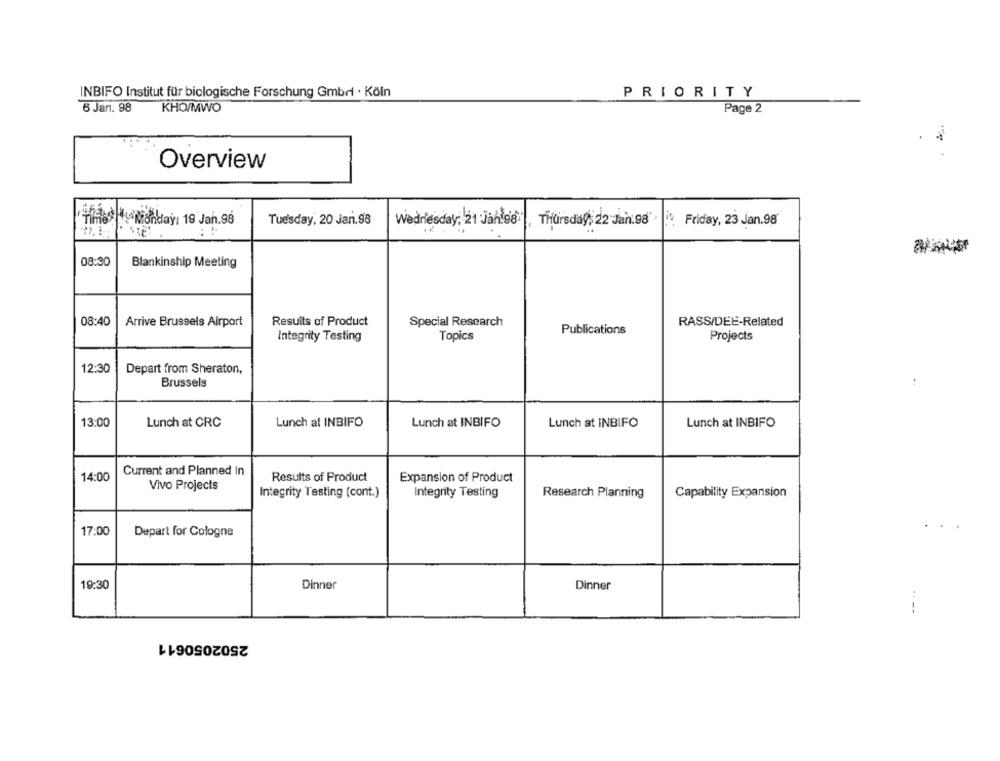
INBIFO Institut für biologische Forschung Gmbri · Köln
PRIORITY
6 Jan. 98
KHO/MWO
Page 2
Overview
Tuesday, 20 Jan.98
Wednesday, 21 Jah.98"
Brad ly Monday: 19 Jan.98
Thursday, 22 Jan.98"
: Friday, 23 Jan.98
08:30
Blankinship Meeting
08:40
Arrive Brussels Airport
Results of Product
Special Research
RASS/DEE-Related
Publications
Projects
Integrity Testing
Topics
12:30
Depart from Sheraton,
Brussels
13:00
Lunch at CRC
Lunch al INBIFO
Lunch at INBIFO
Lunch at INBIFO
Lunch at INBIFO
Current and Planned In
14:00
Results of Product
Expansion of Product
Vivo Projects
Integrity Testing (cont.)
Integrity Testing
Research Planning
Capability Expansion
17:00
Depart for Cologne
19:30
Dinner
Dinner
----
2502050611